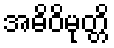
အဓိဝိမုတ္တိ